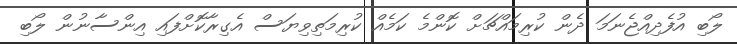
ލޯބި އުފެދިއްޖެނަމަ ދެން ކުރިމައްޗަށް ކޮންމެ ކަމެއް ކުރިމަތިވިޔަސް އެގިރާކޮށްފައި އިންސާނުން ލޯބި